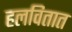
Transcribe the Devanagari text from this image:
हलवितात